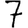
Digit: 7